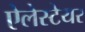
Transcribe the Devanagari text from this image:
ऐलेस्टेयर